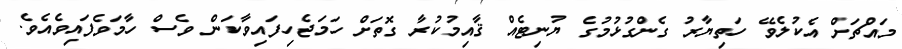
މައްޗަށް އެކުލެވޭ ހަތިޔާރު ގެންގުޅުމުގެ ޔުނިޓެއް ޤާއިމުކުރާ ގޮތަށް ހަމަޖެހިފައިވާކަން ވެސް ހާމަވެފައިވެއެވެ.